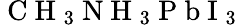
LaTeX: \mathrm{~C~H~}_{3}\mathrm{~N~H~}_{3}\mathrm{~P~b~I~}_{3}